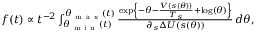
\begin{array} { r } { f ( t ) \propto t ^ { - 2 } \int _ { \theta _ { \mathrm { ~ m ~ i ~ n ~ } } ( t ) } ^ { \theta _ { \mathrm { ~ m ~ a ~ x ~ } } ( t ) } \frac { \exp \left\{ - \theta - \frac { V ( s ( \theta ) ) } { T _ { s } } + \log \left( \theta \right) \right\} } { \partial _ { s } \Delta U ( s ( \theta ) ) } \, d \theta , } \end{array}